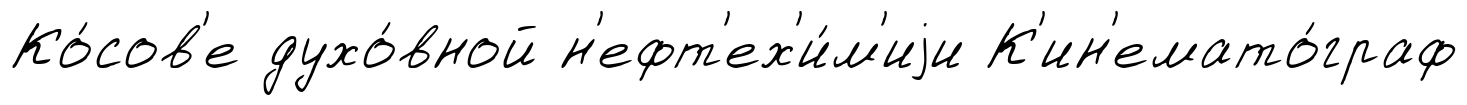
Ко́сов'е духо́вной н'ефт'ех'и́м'иjи К'ин'емато́граф